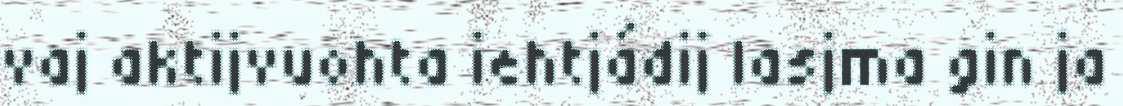
vaj aktijvuohta iehtjádij lasjma gin ja